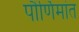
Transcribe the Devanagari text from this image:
पौर्णिमांत